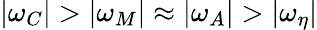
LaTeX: |\omega_{C}|>|\omega_{M}|\approx|\omega_{A}|>|\omega_{\eta}|